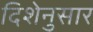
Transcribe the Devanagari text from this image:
दिशेनुसार